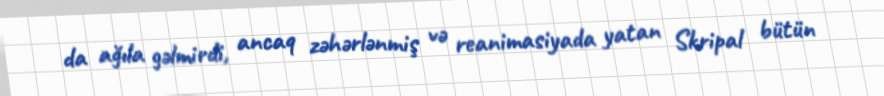
da ağıla gəlmirdi, ancaq zəhərlənmiş və reanimasiyada yatan Skripal bütün